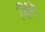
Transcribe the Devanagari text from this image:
शिंदे